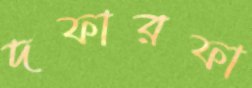
দফারফা